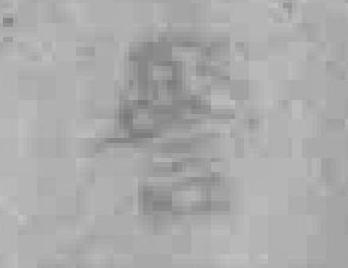
警